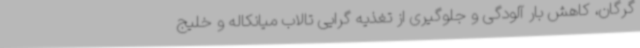
گرگان، کاهش بار آلودگی و جلوگیری از تغذیه گرایی تالاب میانکاله و خلیج